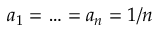
a _ { 1 } = \ldots = a _ { n } = 1 / n